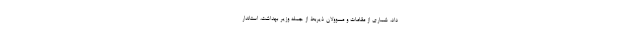
داد، شماری از مقامات و مسوولان ذیربط از جمله وزیر بهداشت، استاندار